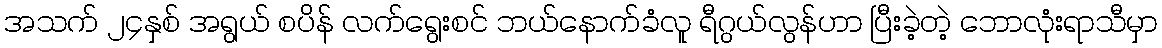
အသက် ၂၄နှစ် အရွယ် စပိန် လက်ရွေးစင် ဘယ်နောက်ခံလူ ရီဂွယ်လွန်ဟာ ပြီးခဲ့တဲ့ ဘောလုံးရာသီမှာ